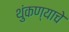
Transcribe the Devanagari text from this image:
थुंकण्याचे